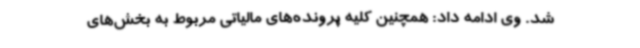
شد. وی ادامه داد: همچنین کلیه پرونده‌های مالیاتی مربوط به بخش‌های